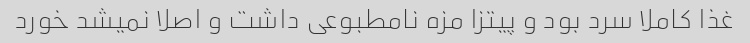
غذا کاملا سرد بود و پیتزا مزه نامطبوعی داشت و اصلا نمیشد خورد